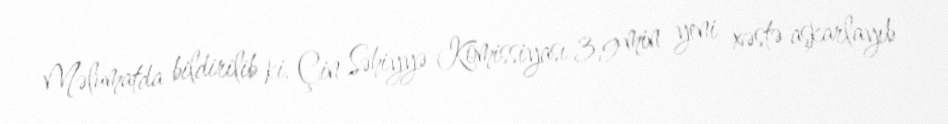
Məlumatda bildirilib ki, Çin Səhiyyə Komissiyası 3,9 min yeni xəstə aşkarlayıb